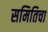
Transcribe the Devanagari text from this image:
समितिचा